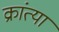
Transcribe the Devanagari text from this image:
क्रांत्या